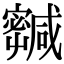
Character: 𡫹